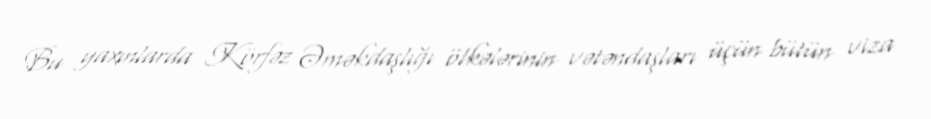
Bu yaxınlarda Körfəz Əməkdaşlığı ölkələrinin vətəndaşları üçün bütün viza